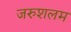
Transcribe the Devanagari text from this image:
जरुशलम